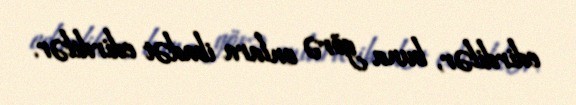
edirdilər, buna görə onlara ibadət edirdilər.